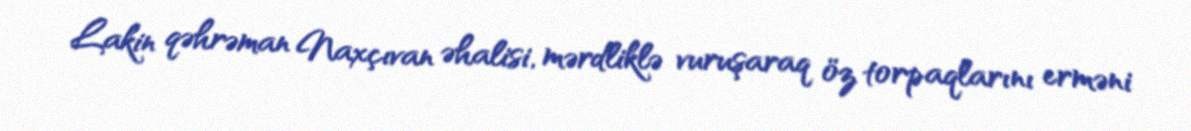
Lakin qəhrəman Naxçıvan əhalisi, mərdliklə vuruşaraq öz torpaqlarını erməni